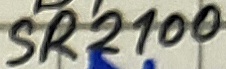
Text: SR2100